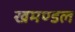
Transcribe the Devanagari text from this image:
खमण्डल